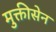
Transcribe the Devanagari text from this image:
मुक्तीसेन